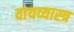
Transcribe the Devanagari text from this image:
वायव्‍यास्‍त्र